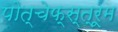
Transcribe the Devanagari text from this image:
पोत्चेफ्स्त्रूम